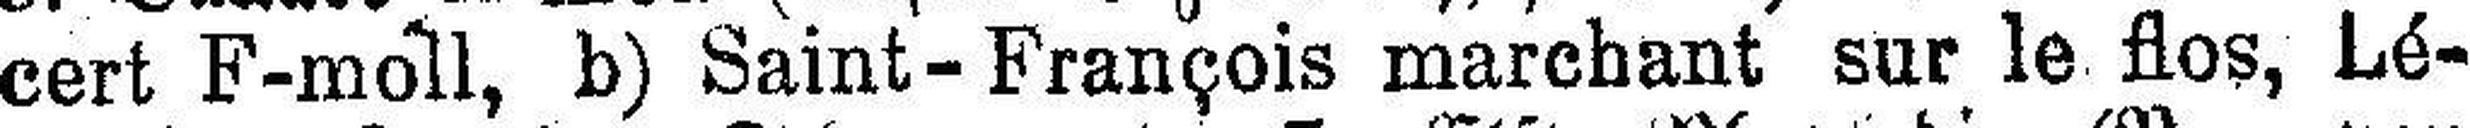
cert F-moll, b) Saint-François marchant sur le flos, Lé¬